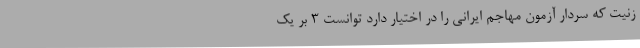
زنیت که سردار آزمون مهاجم ایرانی را در اختیار دارد توانست 3 بر یک